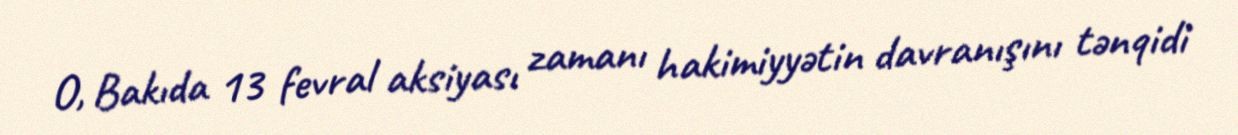
O, Bakıda 13 fevral aksiyası zamanı hakimiyyətin davranışını tənqidi